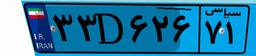
۳۳D۶۲۶۷۱